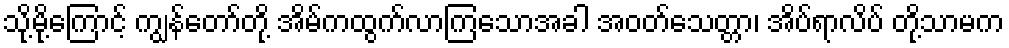
သို့မို့ကြောင့် ကျွန်တော်တို့ အိမ်ကထွက်လာကြသောအခါ အဝတ်သေတ္တာ၊ အိပ်ရာလိပ် တို့သာမက